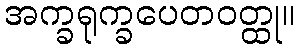
အက္ခရုက္ခပေတဝတ္ထု။